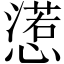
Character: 𢢉